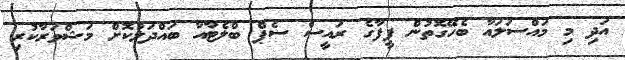
އަދި މި މައްސަލައާ ބެހޭގޮތުން ފީފާގެ ރައީސް ސެޕް ބްލެޓާއާ ބައްދަލުކޮށް މަޝްވަރާކުރި